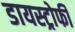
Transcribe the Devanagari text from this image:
डायस्ट्रोफी